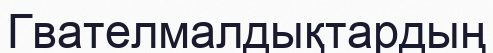
Гвателмалдықтардың